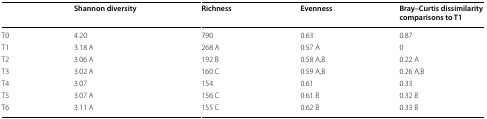
|  | Shannon diversity | Richness | Evenness | Bray–Curtis dissimilarity comparisons to T1 |
 | --- | --- | --- | --- | --- |
 | T0 | 4.20 | 790 | 0.63 | 0.87 |
 | T1 | 3.18 A | 268 A | 0.57 A | 0 |
 | T2 | 3.06 A | 192 B | 0.58 A,B | 0.22 A |
 | T3 | 3.02 A | 160 C | 0.59 A,B | 0.26 A,B |
 | T4 | 3.07 | 154 | 0.61 | 0.33 |
 | T5 | 3.07 A | 156 C | 0.61 B | 0.32 B |
 | T6 | 3.11 A | 155 C | 0.62 B | 0.33 B |